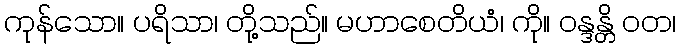
ကုန်သော။ ပရိသာ၊ တို့သည်။ မဟာစေတိယံ၊ ကို။ ဝန္ဒန္တိ ဝတ၊